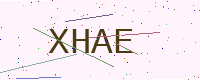
Text: XHAE